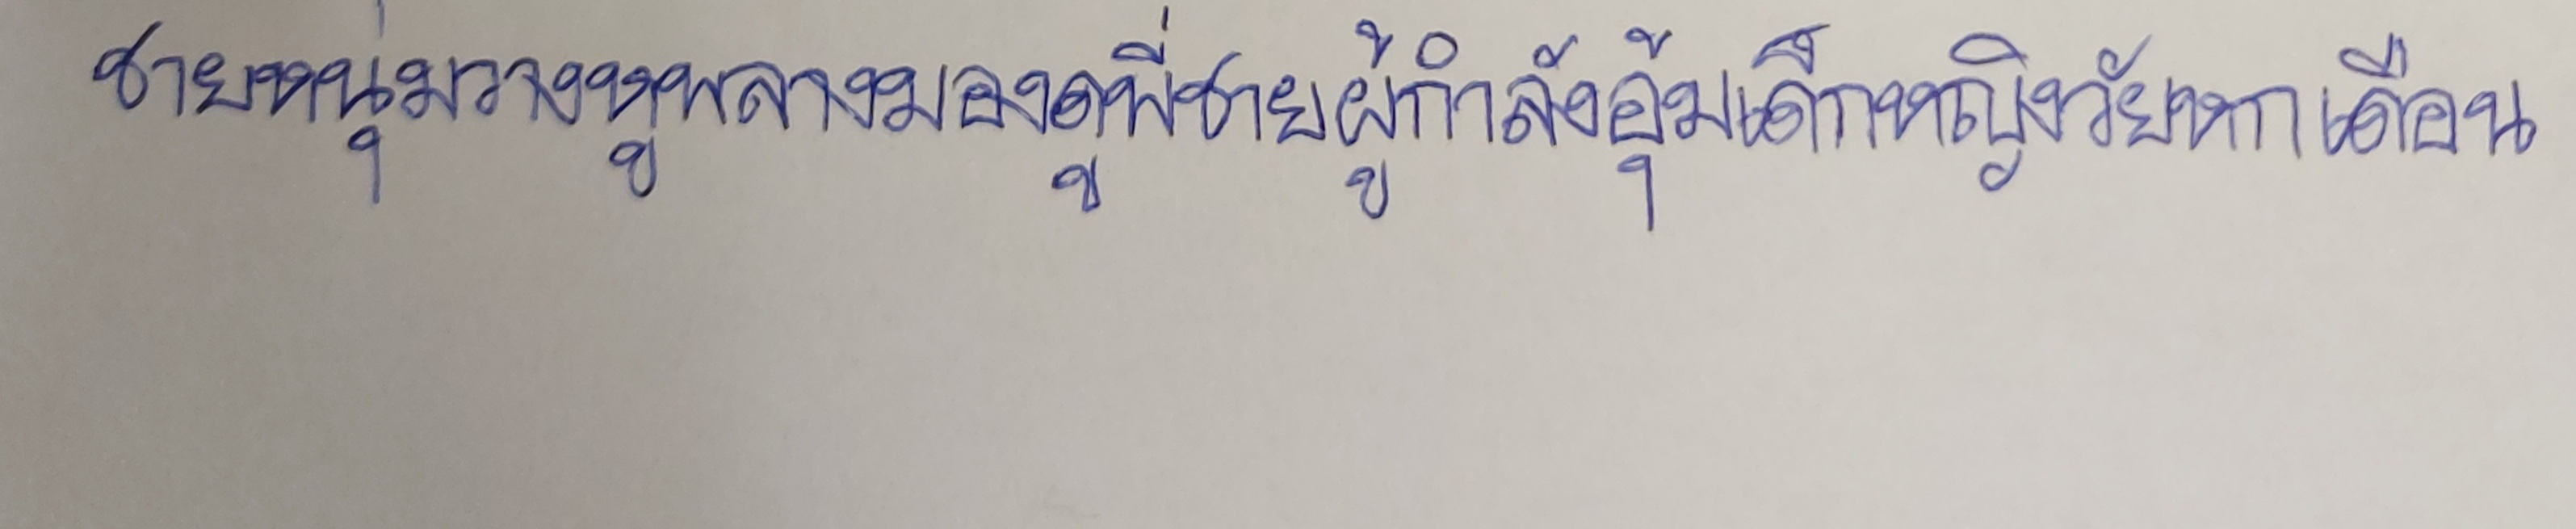
ชายหนุ่มวางหูพลางมองดูพี่ชายผู้กำลังอุ้มเด็กหญิงวัยหกเดือน